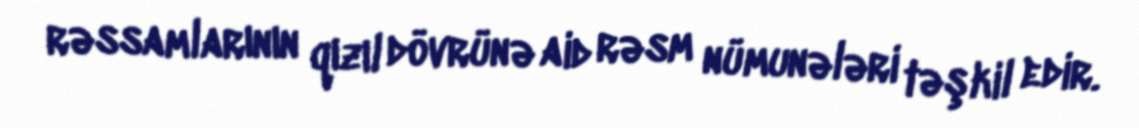
rəssamlarının qızıl dövrünə aid rəsm nümunələri təşkil edir.